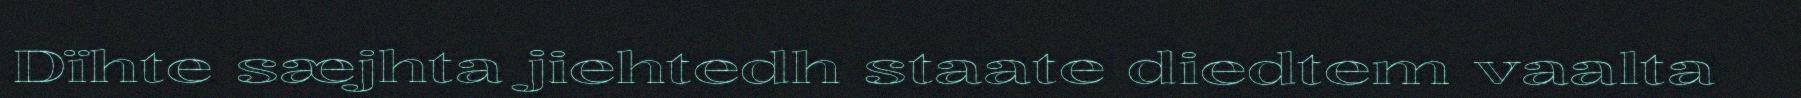
Dïhte sæjhta jiehtedh staate diedtem vaalta